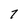
Character: 7